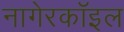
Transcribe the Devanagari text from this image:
नागेरकॉइल